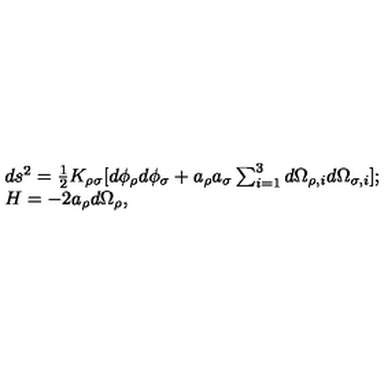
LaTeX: \begin{array} { l c r } { d s ^ { 2 } = { \frac { 1 } { 2 } } K _ { \rho \sigma } [ d \phi _ { \rho } d \phi _ { \sigma } + a _ { \rho } a _ { \sigma } \sum _ { i = 1 } ^ { 3 } d \Omega _ { \rho , i } d \Omega _ { \sigma , i } ] ; } \\ { H = - 2 a _ { \rho } d \Omega _ { \rho } , } \\ \end{array}